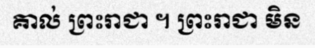
គាល់ ព្រះរាជា ។ ព្រះរាជា មិន